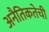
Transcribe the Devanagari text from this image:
अनैतिकतेची